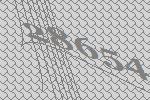
28654